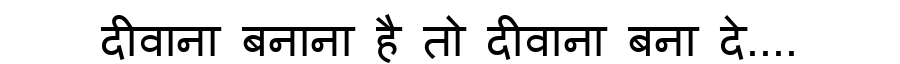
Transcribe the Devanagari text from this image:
दीवाना बनाना है तो दीवाना बना दे....